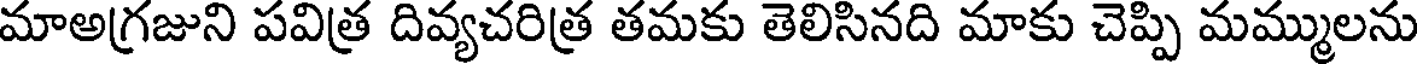
మాఅగ్రజుని పవిత్ర దివ్యచరిత్ర తమకు తెలిసినది మాకు చెప్పి మమ్ములను